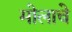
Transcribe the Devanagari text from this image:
मोलाचेे